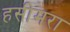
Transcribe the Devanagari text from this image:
हसीमरा